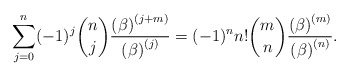
\begin{align*}\sum_{j=0}^{n}(-1)^{j}\binom{n}{j}\frac{\left( \beta \right) ^{\left(j+m\right) }}{\left( \beta \right) ^{\left( j\right) }}=(-1)^{n}n!\binom{m}{n}\frac{\left( \beta \right) ^{\left( m\right) }}{\left( \beta \right)^{\left( n\right) }}. \end{align*}